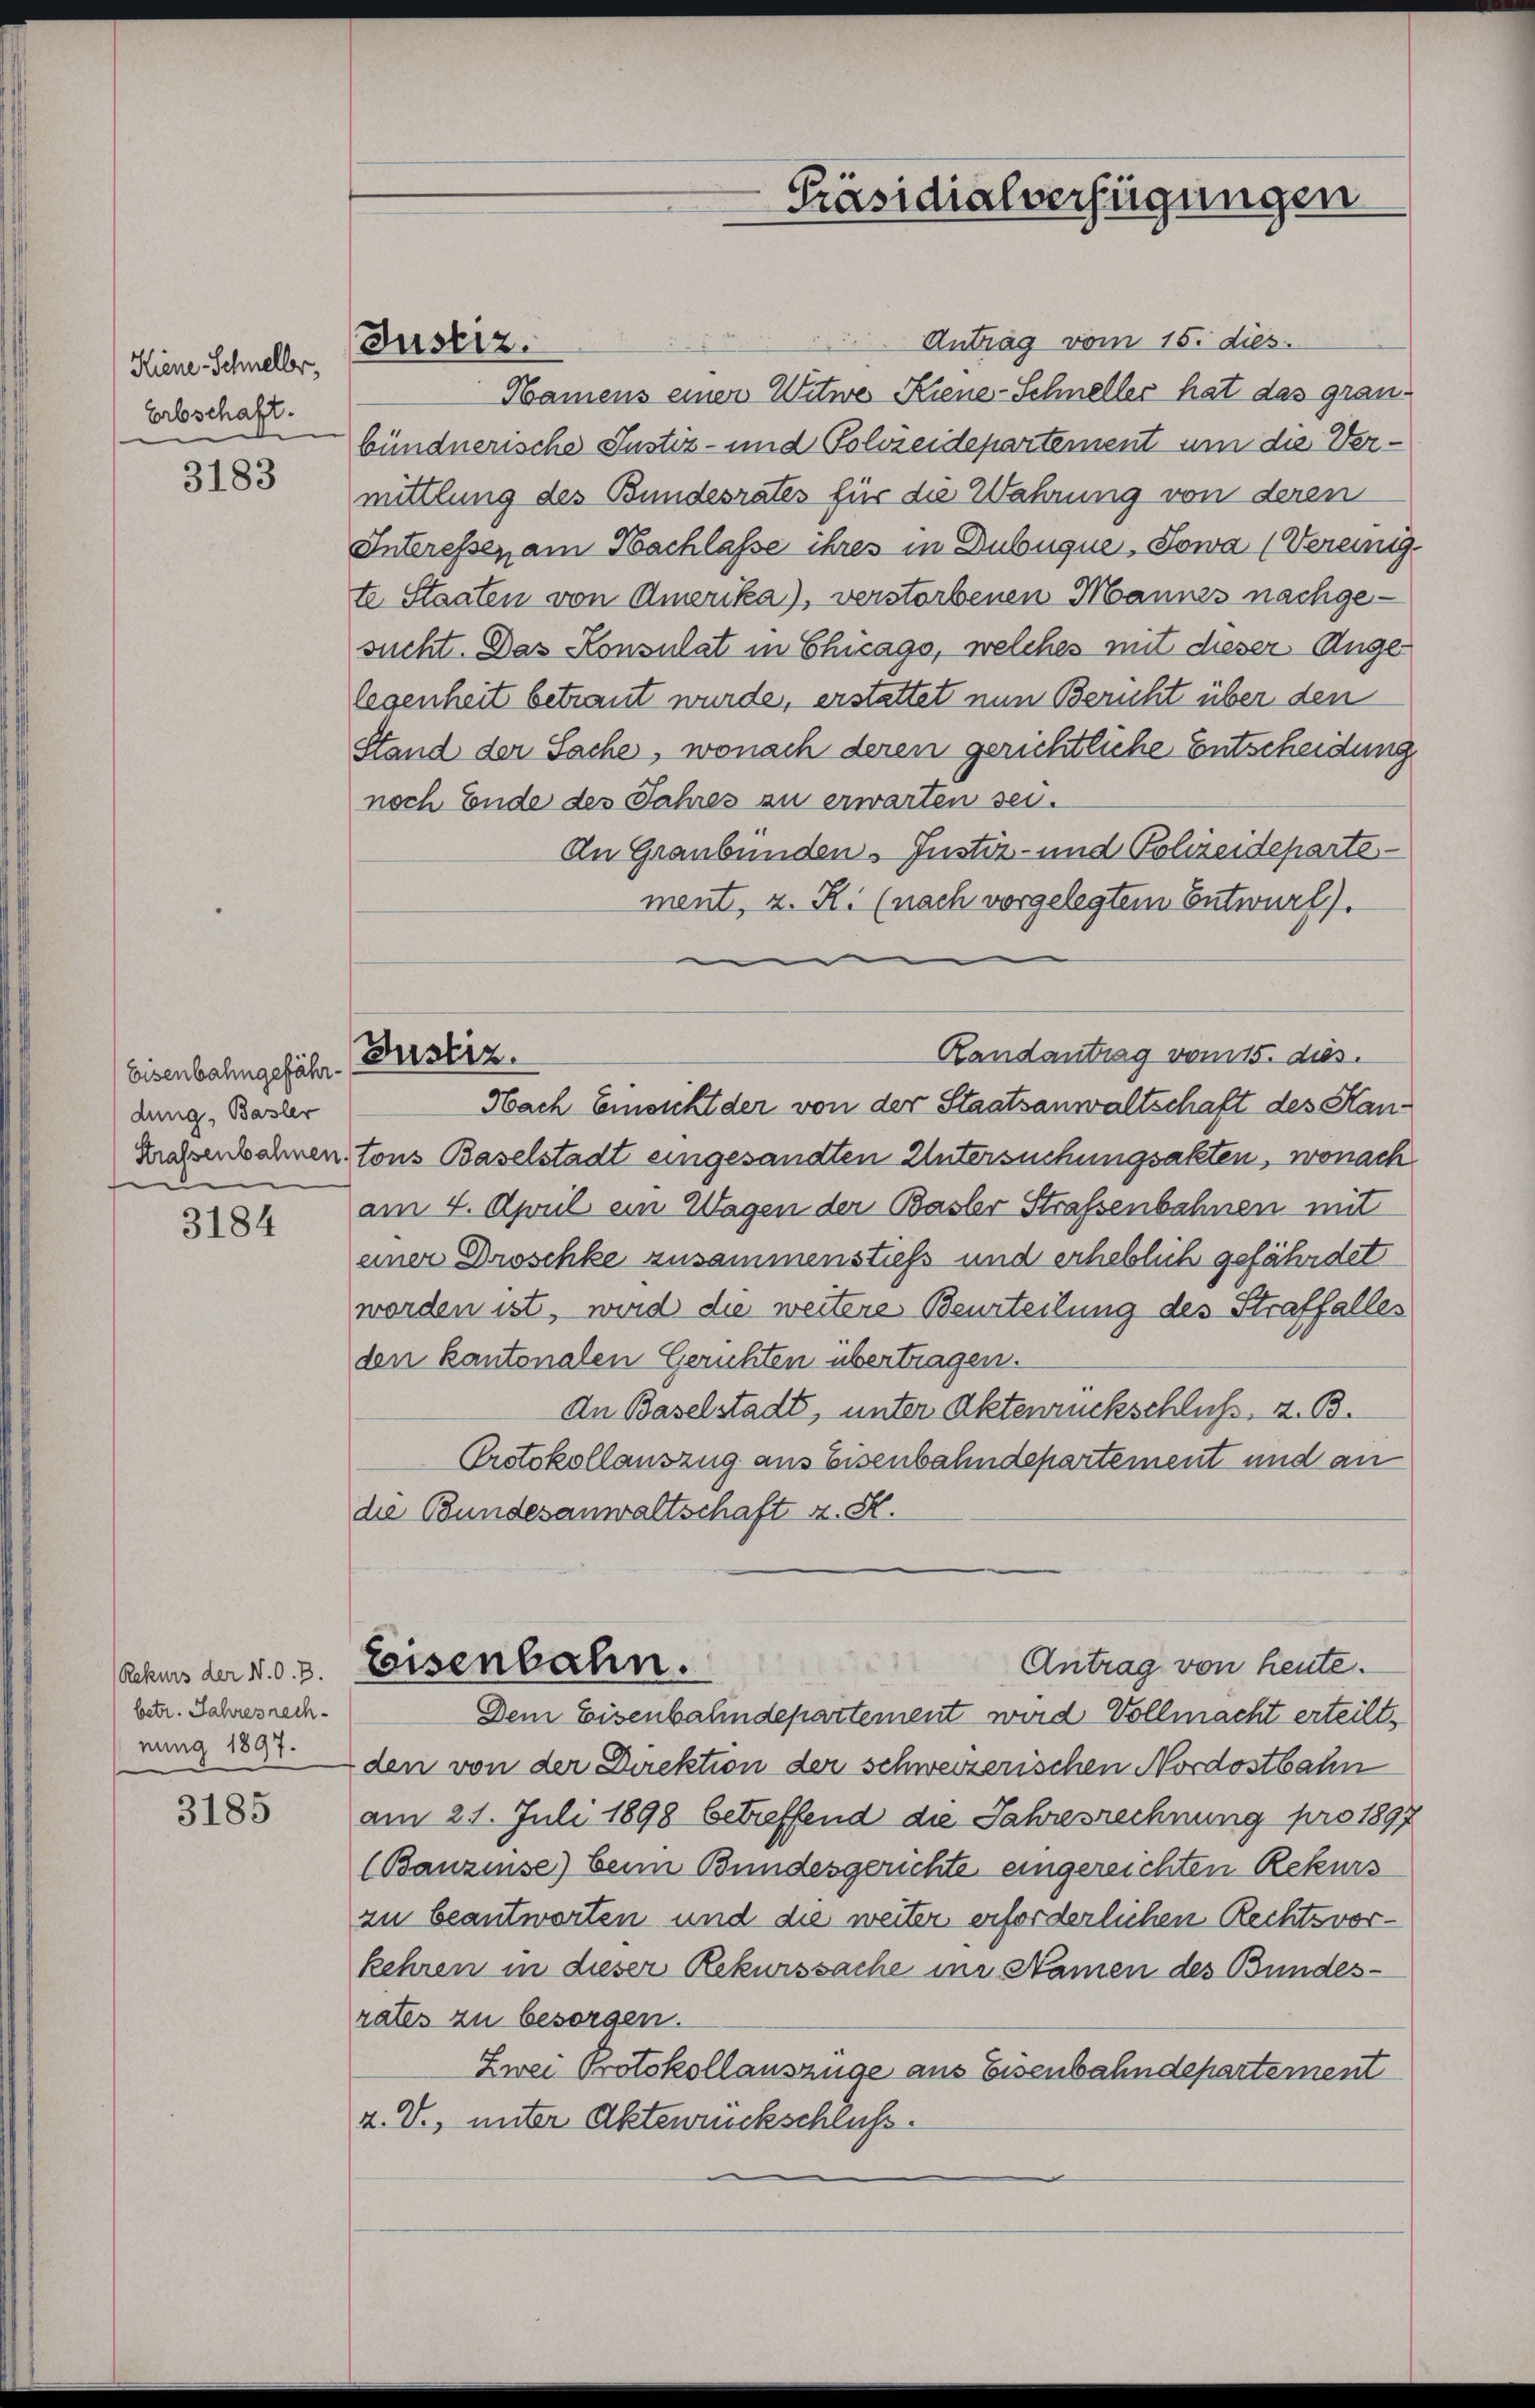
Kiene Schneller,
Erbschaft.
d

3183

3184

Rekurs der N. O. B.
betr. Jahresrechnung 1897.

3185

Eisenbahngefähr. Beistiz.
dung, Basler
Strassenbahnen.

Antrag vom 15. dies
Hamens einer Witwe Kiene-Schneller hat das granbündnerische Justiz- und Polizeidepartement um die Vermittlung des Bundesrates für die Wahrung von deren
Interessen am Nachlasse ihres in Dubuque, Sowa (Vereinigte Staaten von Amerika), verstorbenen Mannes nachgesucht. Das Konsulat in Chicags, welches mit dieser Ange
legenheit betraut wurde, erstattet nun Bericht über den
Stand der Sache, wonach deren gerichtliche Entscheidung
noch Ende des Jahres zu erwarten sei.
An Graubünden Justiz- und Polizeidepartement, z. R. (nach vorgelegtem Entwurf).
Randantrag vom 15. dies
Nach Einsicht der von der Staatsanwaltschaft des Hantons Baselstadt eingesandten Untersuchungsakten, wonach
am 4. April ein Wagen der Basler Strafsenbahnen mit
einer Droschke zusammenstieß und erheblich gefährdet
worden ist, wird die weitere Beurteilung des Straffalles
den kantonalen Gerichten übertragen.
An Baselstadt, unter Aktenrückschluß, z. B.
Protokollauszug aus Eisenbahndepartement und an
die Bundesanwaltschaft z. St.
Antrag von heute.
Eeisenbahn.
Dem Eisenbahndepartement wird Vollmacht erteilt,
den von der Direktion der schweizerischen Nordostbahn
am 21. Juli 1898 betreffend die Jahresrechnung pro 1897
(Banzinse) beim Bundesgerichte eingereichten Rekurs
zu beantworten und die weiter erforderlichen Rechtsvorkehren in dieser Rekurssache in Namen des Bundes-
rates zu besorgen.
Zwei Protokollauszüge aus Eisenbahndepartement
v. V., unter Aktenrückschluss.

Justiz.

Präsidialverfügungen